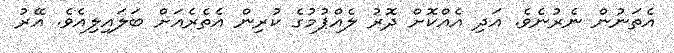
އެތަނުން ނެރުނެވެ. އަދި އެއްކޮށް ދޮރު ލެއްޕުމުގެ ކުރިން އެތެރެއަށް ބަލައިލިއެވެ. އޭރު